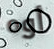
أوه